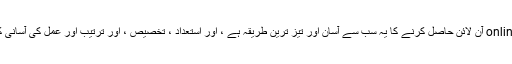
بلاگ یا کاروبار کے ل online آن لائن حاصل کرنے کا یہ سب سے آسان اور تیز ترین طریقہ ہے ، اور استعداد ، تخصیص ، اور ترتیب اور عمل کی آسانی کسی سے پیچھے نہیں ہے۔